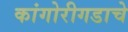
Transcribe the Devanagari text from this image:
कांगोरीगडाचे